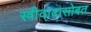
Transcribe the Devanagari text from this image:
स्त्रीवादासोबत